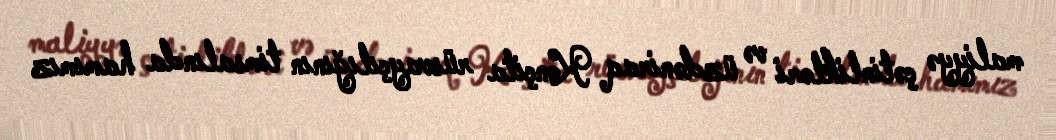
maliyyə çətinlikləri və üzdəniraq Konçita rüsvayçılığının timsalında hamımız